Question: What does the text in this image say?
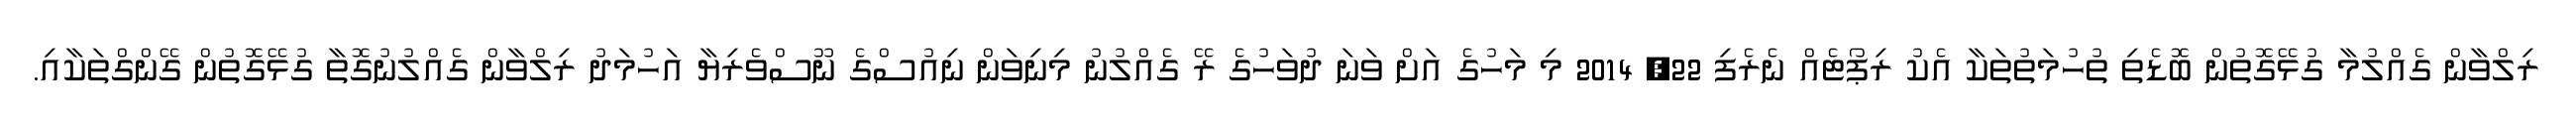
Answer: ރިލްވާން ގެއްލުމާ ގުޅޭގޮތުން ބޮޑެތި ތުހުމަތުތަކާ އެކު ރިޕޯޓެއް ނެރެފި 22, 2014 މި މަހުގެ އަށް ވަނަ ދުވަހުގެ ރޭ ގެއްލުނު މިނިވަން ނިއުސްގެ ނޫސްވެރިޔާ އަހުމަދު ރިލްވާން ގެއްލުނުގޮތާ ގުޅޭގޮތުން ގޭންގްތަކާއި.